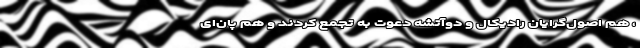
، هم اصول‌گرایان رادیکال و دو‌آتشه دعوت به تجمع کردند و هم پان‌ای